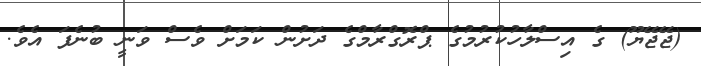
(ޖޭޖޭޔޫ) ގެ އިސްލާހުކުރުމުގެ ޕްރޮގްރާމްގެ ދަށުން ކަމަށް ވެސް ވަނީ ބުނެފަ އެވެ.